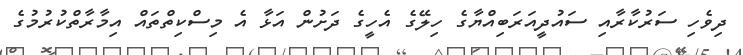
ދިވެހި ސަރުކާރާއި ސައުދީއަރަބިއްޔާގެ ހިލޭގެ އެހީގެ ދަށުން އަޅާ އެ މިސްކިތްތައް އިމާރާތްކުރުމުގެ